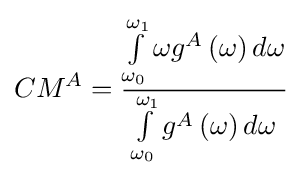
CM^{A}={\frac {\int \limits _{\omega _{0}}\limits ^{\omega _{1}}\omega g^{A}\left(\omega \right)d\omega }{\int \limits _{\omega _{0}}\limits ^{\omega _{1}}g^{A}\left(\omega \right)d\omega }}